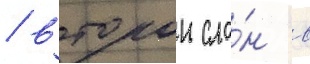
/ второи сло́н в